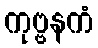
ကုဗ္ဗနကံ